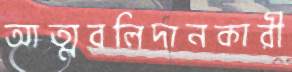
আত্মবলিদানকারী